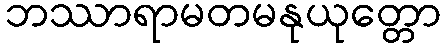
ဘဿာရာမတမနုယုတ္တော